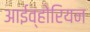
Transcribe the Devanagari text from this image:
आईव्होरियन